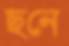
ছনে